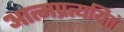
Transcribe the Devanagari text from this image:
आत्मप्रत्ययितं